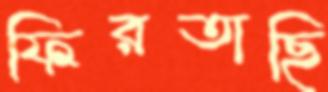
ফিরতাছি